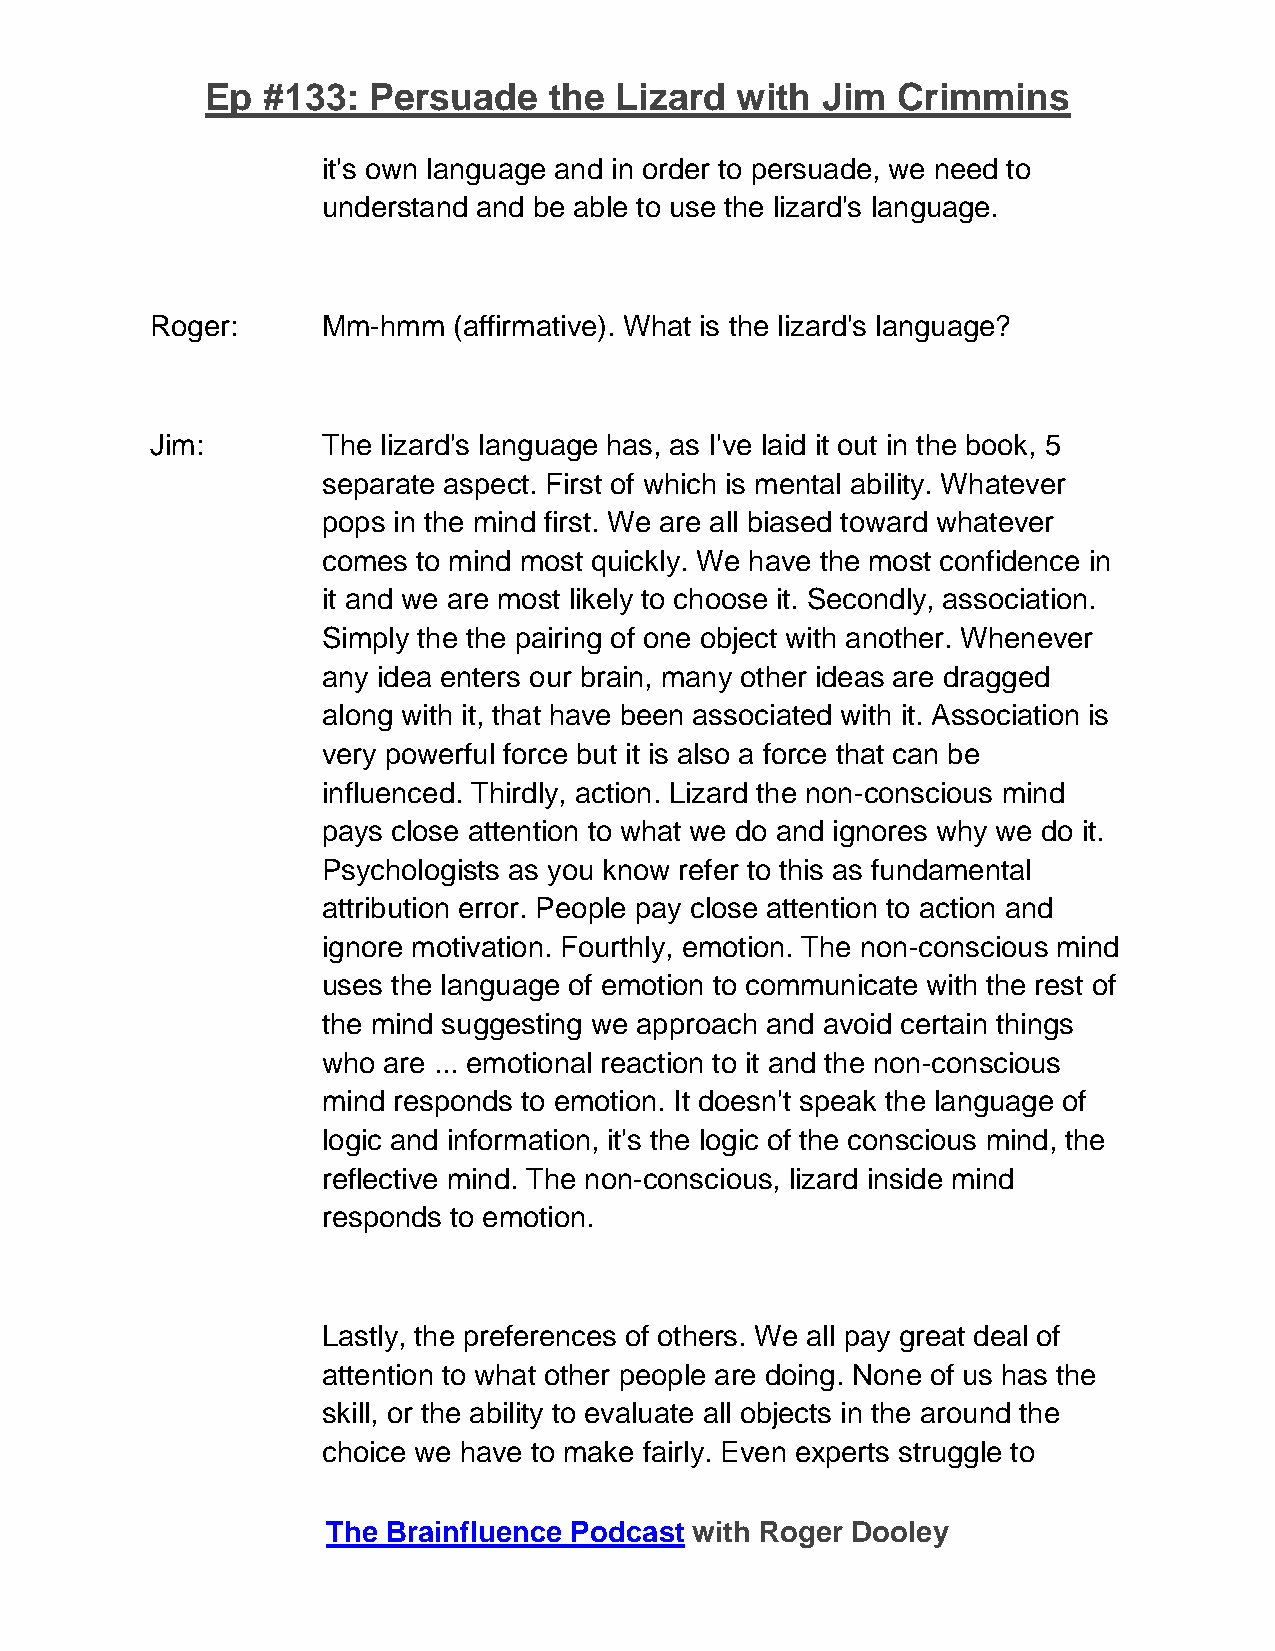
Ep #133:  Persuade    the  Lizard  with Jim  Crimmins
 it's own language and in order to persuade, we need to
 understand and be able to use the lizard's language.
 Roger:     Mm-hmm   (affirmative). What is the lizard's language?
 Jim:       The lizard's language has, as I've laid it out in the book, 5
 separate aspect. First of which is mental ability. Whatever
 pops in the mind first. We are all biased toward whatever
 comes  to mind most quickly. We have the most confidence in
 it and we are most likely to choose it. Secondly, association.
 Simply the the pairing of one object with another. Whenever
 any idea enters our brain, many other ideas are dragged
 along with it, that have been associated with it. Association is
 very powerful force but it is also a force that can be
 influenced. Thirdly, action. Lizard the non-conscious mind
 pays close attention to what we do and ignores why we do it.
 Psychologists as you know refer to this as fundamental
 attribution error. People pay close attention to action and
 ignore motivation. Fourthly, emotion. The non-conscious mind
 uses the language of emotion to communicate with the rest of
 the mind suggesting we approach and avoid certain things
 who are ... emotional reaction to it and the non-conscious
 mind responds to emotion. It doesn't speak the language of
 logic and information, it's the logic of the conscious mind, the
 reflective mind. The non-conscious, lizard inside mind
 responds to emotion.
 Lastly, the preferences of others. We all pay great deal of
 attention to what other people are doing. None of us has the
 skill, or the ability to evaluate all objects in the around the
 choice we have to make fairly. Even experts struggle to
 The Brainfluence Podcast with Roger Dooley